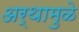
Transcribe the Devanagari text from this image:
अर्थामुळे